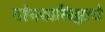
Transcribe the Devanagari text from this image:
योगवासिष्ठाचे